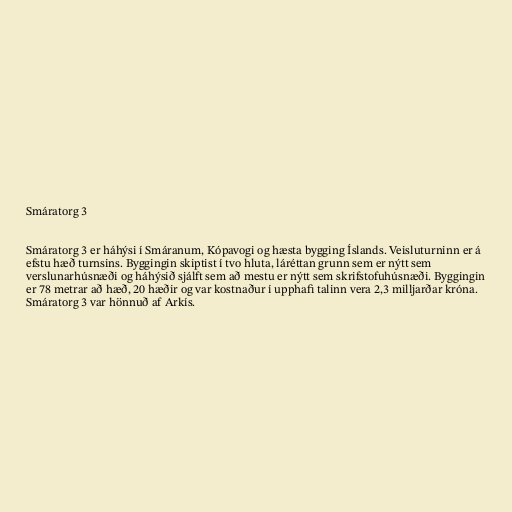
Smáratorg 3

Smáratorg 3 er háhýsi í Smáranum, Kópavogi og hæsta bygging Íslands. Veisluturninn er á
efstu hæð turnsins. Byggingin skiptist í tvo hluta, láréttan grunn sem er nýtt sem
verslunarhúsnæði og háhýsið sjálft sem að mestu er nýtt sem skrifstofuhúsnæði. Byggingin
er 78 metrar að hæð, 20 hæðir og var kostnaður í upphafi talinn vera 2,3 milljarðar króna.
Smáratorg 3 var hönnuð af Arkís.